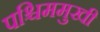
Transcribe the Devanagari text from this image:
पश्चिममुखी